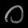
Digit: ၀